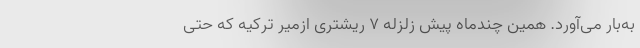
به‌بار می‌آورد. همین چندماه پیش زلزله ۷ ریشتری ازمیر ترکیه که حتی